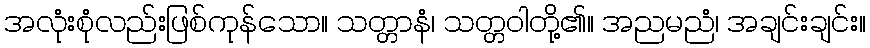
အလုံးစုံလည်းဖြစ်ကုန်သော။ သတ္တာနံ၊ သတ္တဝါတို့၏။ အညမညံ၊ အချင်းချင်း။